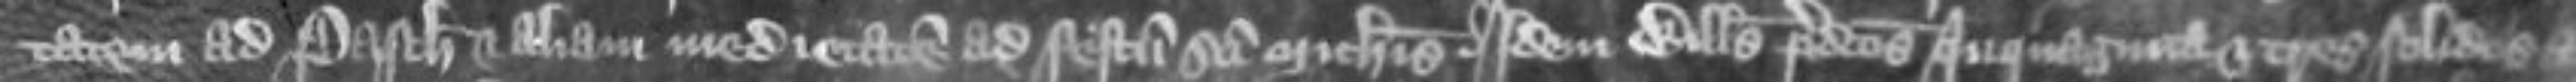
tatem ad Pascham et aliam medietatem ad festum Sancti Michaelis. Idem Willelmus predictos quinquaginta et tres solidos et